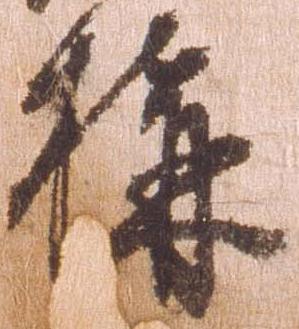
構